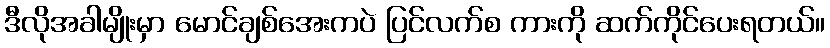
ဒီလိုအခါမျိုးမှာ မောင်ချစ်အေးကပဲ ပြင်လက်စ ကားကို ဆက်ကိုင်ပေးရတယ်။